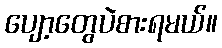
ပျော့တွေပဲစားရမယ်။